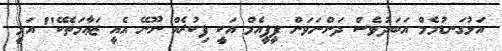
އަޅުގަނޑުމެމް އަބަދުވެސް ދަންނަވަން ޕީޕީއެމް އަކީ ފިކުރެއް ނޫނޭ އެއީ ޒަޢާމަތެކޭ" އަލީ